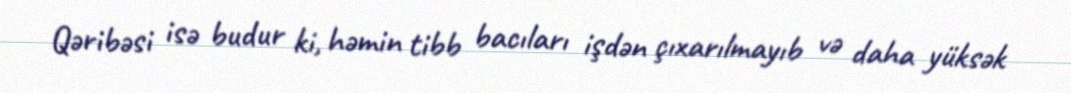
Qəribəsi isə budur ki, həmin tibb bacıları işdən çıxarılmayıb və daha yüksək